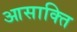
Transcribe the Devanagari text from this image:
आसाक्ति